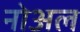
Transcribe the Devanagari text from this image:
नोअल